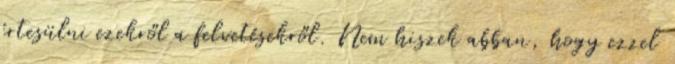
értesülni ezekről a felvetésekről. Nem hiszek abban, hogy ezzel